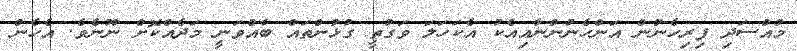
މުއްސަދި ފިރިހެނުން އަންހެނުންނާއިއެކު އެކަހަލަ ވަގުތީ ގުޅުންތައް ބާއްވަނީ މަދެއްކޮށް ނޫނެވެ. އެހެން